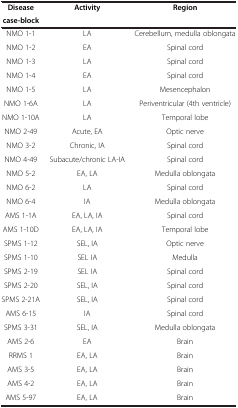
<table><thead><tr><td><b>Disease</b></td><td><b>Activity</b></td><td><b>Region</b></td></tr><tr><td><b>case-block</b></td><td><b> </b></td><td><b> </b></td></tr></thead><tbody><tr><td>NMO 1-1</td><td>LA</td><td>Cerebellum, medulla oblongata</td></tr><tr><td>NMO 1-2</td><td>EA</td><td>Spinal cord</td></tr><tr><td>NMO 1-3</td><td>LA</td><td>Spinal cord</td></tr><tr><td>NMO 1-4</td><td>EA</td><td>Spinal cord</td></tr><tr><td>NMO 1-5</td><td>LA</td><td>Mesencephalon</td></tr><tr><td>NMO 1-6A</td><td>LA</td><td>Periventricular (4th ventricle)</td></tr><tr><td>NMO 1-10A</td><td>LA</td><td>Temporal lobe</td></tr><tr><td>NMO 2-49</td><td>Acute, EA</td><td>Optic nerve</td></tr><tr><td>NMO 3-2</td><td>Chronic, IA</td><td>Spinal cord</td></tr><tr><td>NMO 4-49</td><td>Subacute/chronic LA-IA</td><td>Spinal cord</td></tr><tr><td>NMO 5-2</td><td>EA, LA</td><td>Medulla oblongata</td></tr><tr><td>NMO 6-2</td><td>LA</td><td>Spinal cord</td></tr><tr><td>NMO 6-4</td><td>IA</td><td>Medulla oblongata</td></tr><tr><td>AMS 1-1A</td><td>EA, LA, IA</td><td>Spinal cord</td></tr><tr><td>AMS 1-10D</td><td>EA, LA, IA</td><td>Temporal lobe</td></tr><tr><td>SPMS 1-12</td><td>SEL, IA</td><td>Optic nerve</td></tr><tr><td>SPMS 1-10</td><td>SEL IA</td><td>Medulla</td></tr><tr><td>SPMS 2-19</td><td>SEL IA</td><td>Spinal cord</td></tr><tr><td>SPMS 2-20</td><td>SEL, IA</td><td>Spinal cord</td></tr><tr><td>SPMS 2-21A</td><td>SEL, IA</td><td>Spinal cord</td></tr><tr><td>AMS 6-15</td><td>IA</td><td>Spinal cord</td></tr><tr><td>SPMS 3-31</td><td>SEL, IA</td><td>Medulla oblongata</td></tr><tr><td>AMS 2-6</td><td>EA</td><td>Brain</td></tr><tr><td>RRMS 1</td><td>EA, LA</td><td>Brain</td></tr><tr><td>AMS 3-5</td><td>EA, LA</td><td>Brain</td></tr><tr><td>AMS 4-2</td><td>EA, LA</td><td>Brain</td></tr><tr><td>AMS 5-97</td><td>EA, LA</td><td>Brain</td></tr></tbody></table>